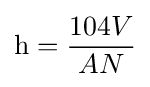
\mathrm {h} ={\frac {104V}{AN}}